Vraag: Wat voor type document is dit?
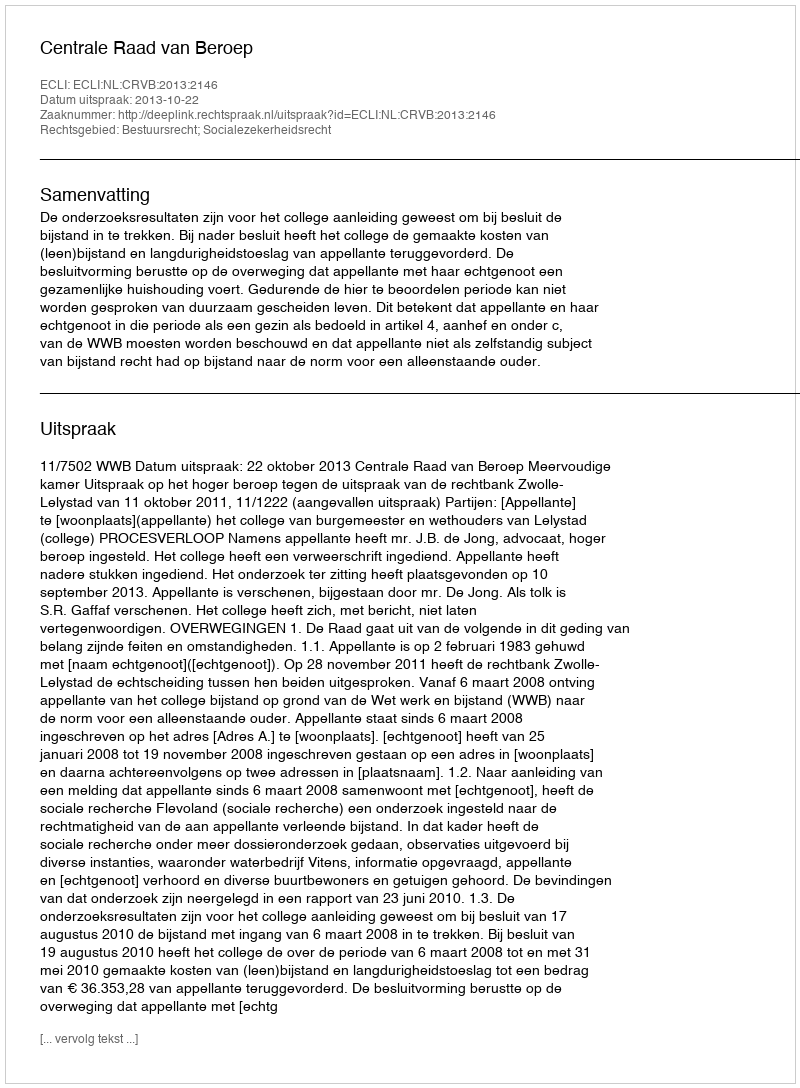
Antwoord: Uitspraak